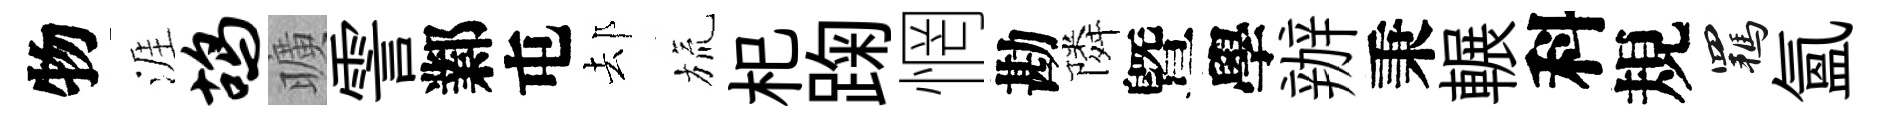
物涯鸪曠霅鄴屯𨚫旒𣏌踘惘勘隣曁學辦秉輾科規羈氳